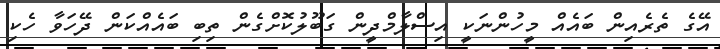
އޭގެ ތެރެއިން ބައެއް މީހުންނަކީ އިސްލާމްދީން ގަބޫލުކޮށްގެން ތިބި ބައެއްކަން ދޭހަވާ ހެކި